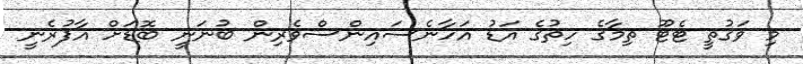
މި ވަގުތީ ޓެޓޫ ތިމާގެ ހިތުގެ އަޑު އަހާނެސައިންސްވެރިން ބުނަނީ ބޮޑަށް އާފުރެނީ